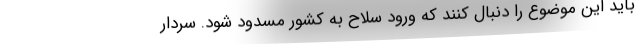
باید این موضوع را دنبال کنند که ورود سلاح به کشور مسدود شود. سردار